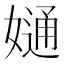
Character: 𡠙